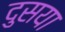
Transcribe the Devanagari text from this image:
दुसया